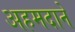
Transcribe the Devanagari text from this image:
अहमदाने